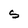
Character: S